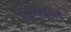
પદમનાયક